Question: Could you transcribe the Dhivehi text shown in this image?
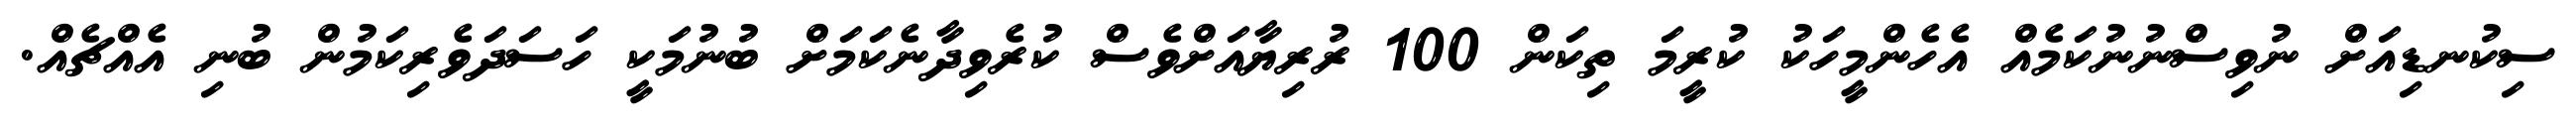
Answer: ސިކުނޑިއަށް ނުވިސްނުނުކަމެއް އެހެންމީހަކު ކުރީމަ ތިކަން 100 ރުރިޔާއަށްވެސް ކުރެވިދާނެކަމަށް ބުނުމަކީ ހަސަދަވެރިކަމުން ބުނި އެއްޗެއް.